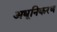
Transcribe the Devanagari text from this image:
अधूनिकरण